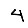
Digit: 4